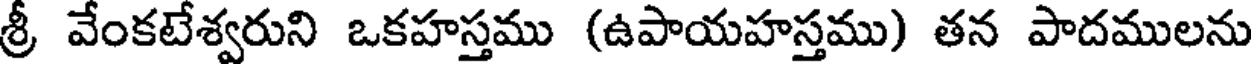
శ్రీ వేంకటేశ్వరుని ఒకహస్తము (ఉపాయహస్తము) తన పాదములను